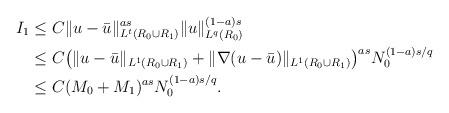
LaTeX: \begin{align*} I_1 & \le C\|u-\bar{u}\|_{L^t(R_0\cup R_1)}^{as}\|u\|_{L^q(R_0)}^{(1-a)s}\\ & \le C\big( \|u-\bar{u}\|_{L^1(R_0\cup R_1)}+\|\nabla(u-\bar{u})\|_{L^1(R_0\cup R_1)}\big)^{as}N_0^{(1-a)s/q}\\ & \le C(M_0+M_1)^{as}N_0^{(1-a)s/q}. \end{align*}